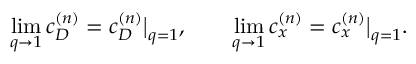
\operatorname * { l i m } _ { q \to 1 } c _ { D } ^ { ( n ) } = c _ { D } ^ { ( n ) } \big | _ { q = 1 } , \qquad \operatorname * { l i m } _ { q \to 1 } c _ { x } ^ { ( n ) } = c _ { x } ^ { ( n ) } \big | _ { q = 1 } .